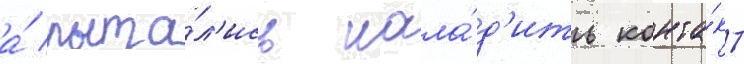
а́ пыта́л'ись нала́д'ить конта́кт